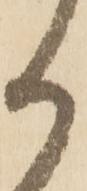
か